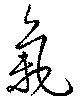
気